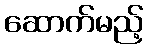
ဆောက်မည့်